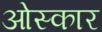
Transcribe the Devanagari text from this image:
ओस्कार